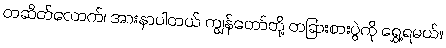
တဆိတ်လောက်၊ အားနာပါတယ် ကျွန်တော်တို့ တခြားစားပွဲကို ရွှေ့ရမယ်။